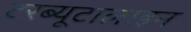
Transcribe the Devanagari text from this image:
टरब्यूटालाइन